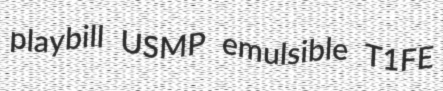
playbill USMP emulsible T1FE